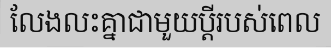
លែងលះគ្នាជាមួយប្តីរបស់ពេល